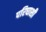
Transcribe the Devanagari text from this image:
परिघाशी